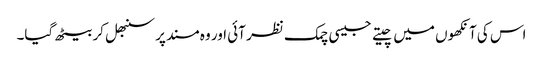
اس کی آنکھوں میں چیتے جیسی چمک نظر آئی اور وہ مسند پر سنبھل کر بیٹھ گیا۔